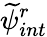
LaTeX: \widetilde{\psi}_{int}^{r}